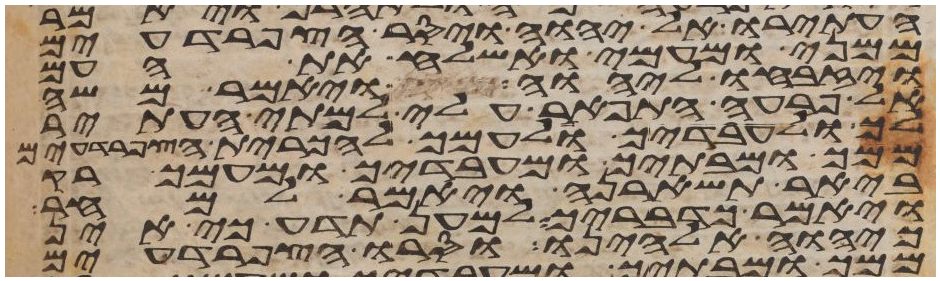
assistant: העתירו אל יהוה ויסר הצפרדעים
ממני ומעמי ואשלח את העם
ויזבחו ליהוה ויאמר משה
אל פרעה התפאר עלי למתי אעתיר
לך ולעבדיך ולעמך להכרית הצפרדעים
ממך ומבתיך ומעבדיך ומעמך רק
ביאר תשארנה ויאמר למחר
ויאמר כדבריך למען תדע כי אין
כיהוה אלהינו וסרו הצפרדעים